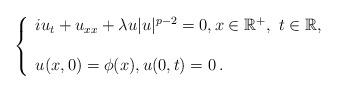
LaTeX: \begin{align*}\left \{ \begin{array}{l} iu_t +u_{xx} + \lambda u |u |^{p-2} =0, x\in \mathbb{R}^+, \ t\in\mathbb{R},\\ \\ u(x,0) =\phi (x) ,u(0,t) = 0\, .\end{array}\right.\end{align*}